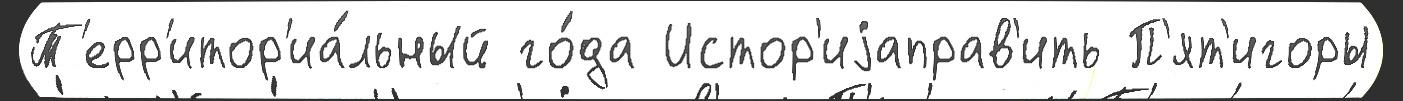
Т'ерр'итор'иа́льный го́да Истор'иjаправ'ить П'ят'игоры